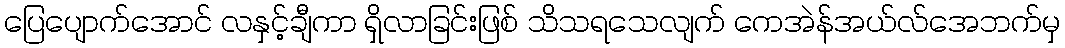
ပြေပျောက်အောင် လနှင့်ချီကာ ရှိလာခြင်းဖြစ် သိသရသေလျက် ကေအဲန်အယ်လ်အေဘက်မှ